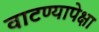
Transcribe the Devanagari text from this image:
वाटण्यापेक्षा